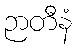
ဉာတီနံ